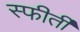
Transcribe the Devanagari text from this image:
स्फीर्ती